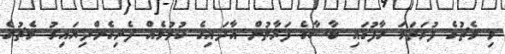
މި މެޗުގެ ފުރަތަމަ ހާފުގައި ބާސާގެ ފަރާތުން އާދައިގެ ކުޅުމެއް ފެނިގެންދިޔައިރު މެޗުގެ